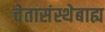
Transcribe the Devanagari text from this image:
चेतासंस्थेबाह्य